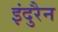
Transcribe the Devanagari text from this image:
इंदुरैन